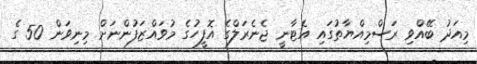
މިއަދު ބޭއްވި ރަސްމިއްޔާތުގައި އެޓާނީ ޖެނެރަލްގެ އޮފީހުގެ މުވައްޒަފުންނަށް މިނިވަން 50 ގެ